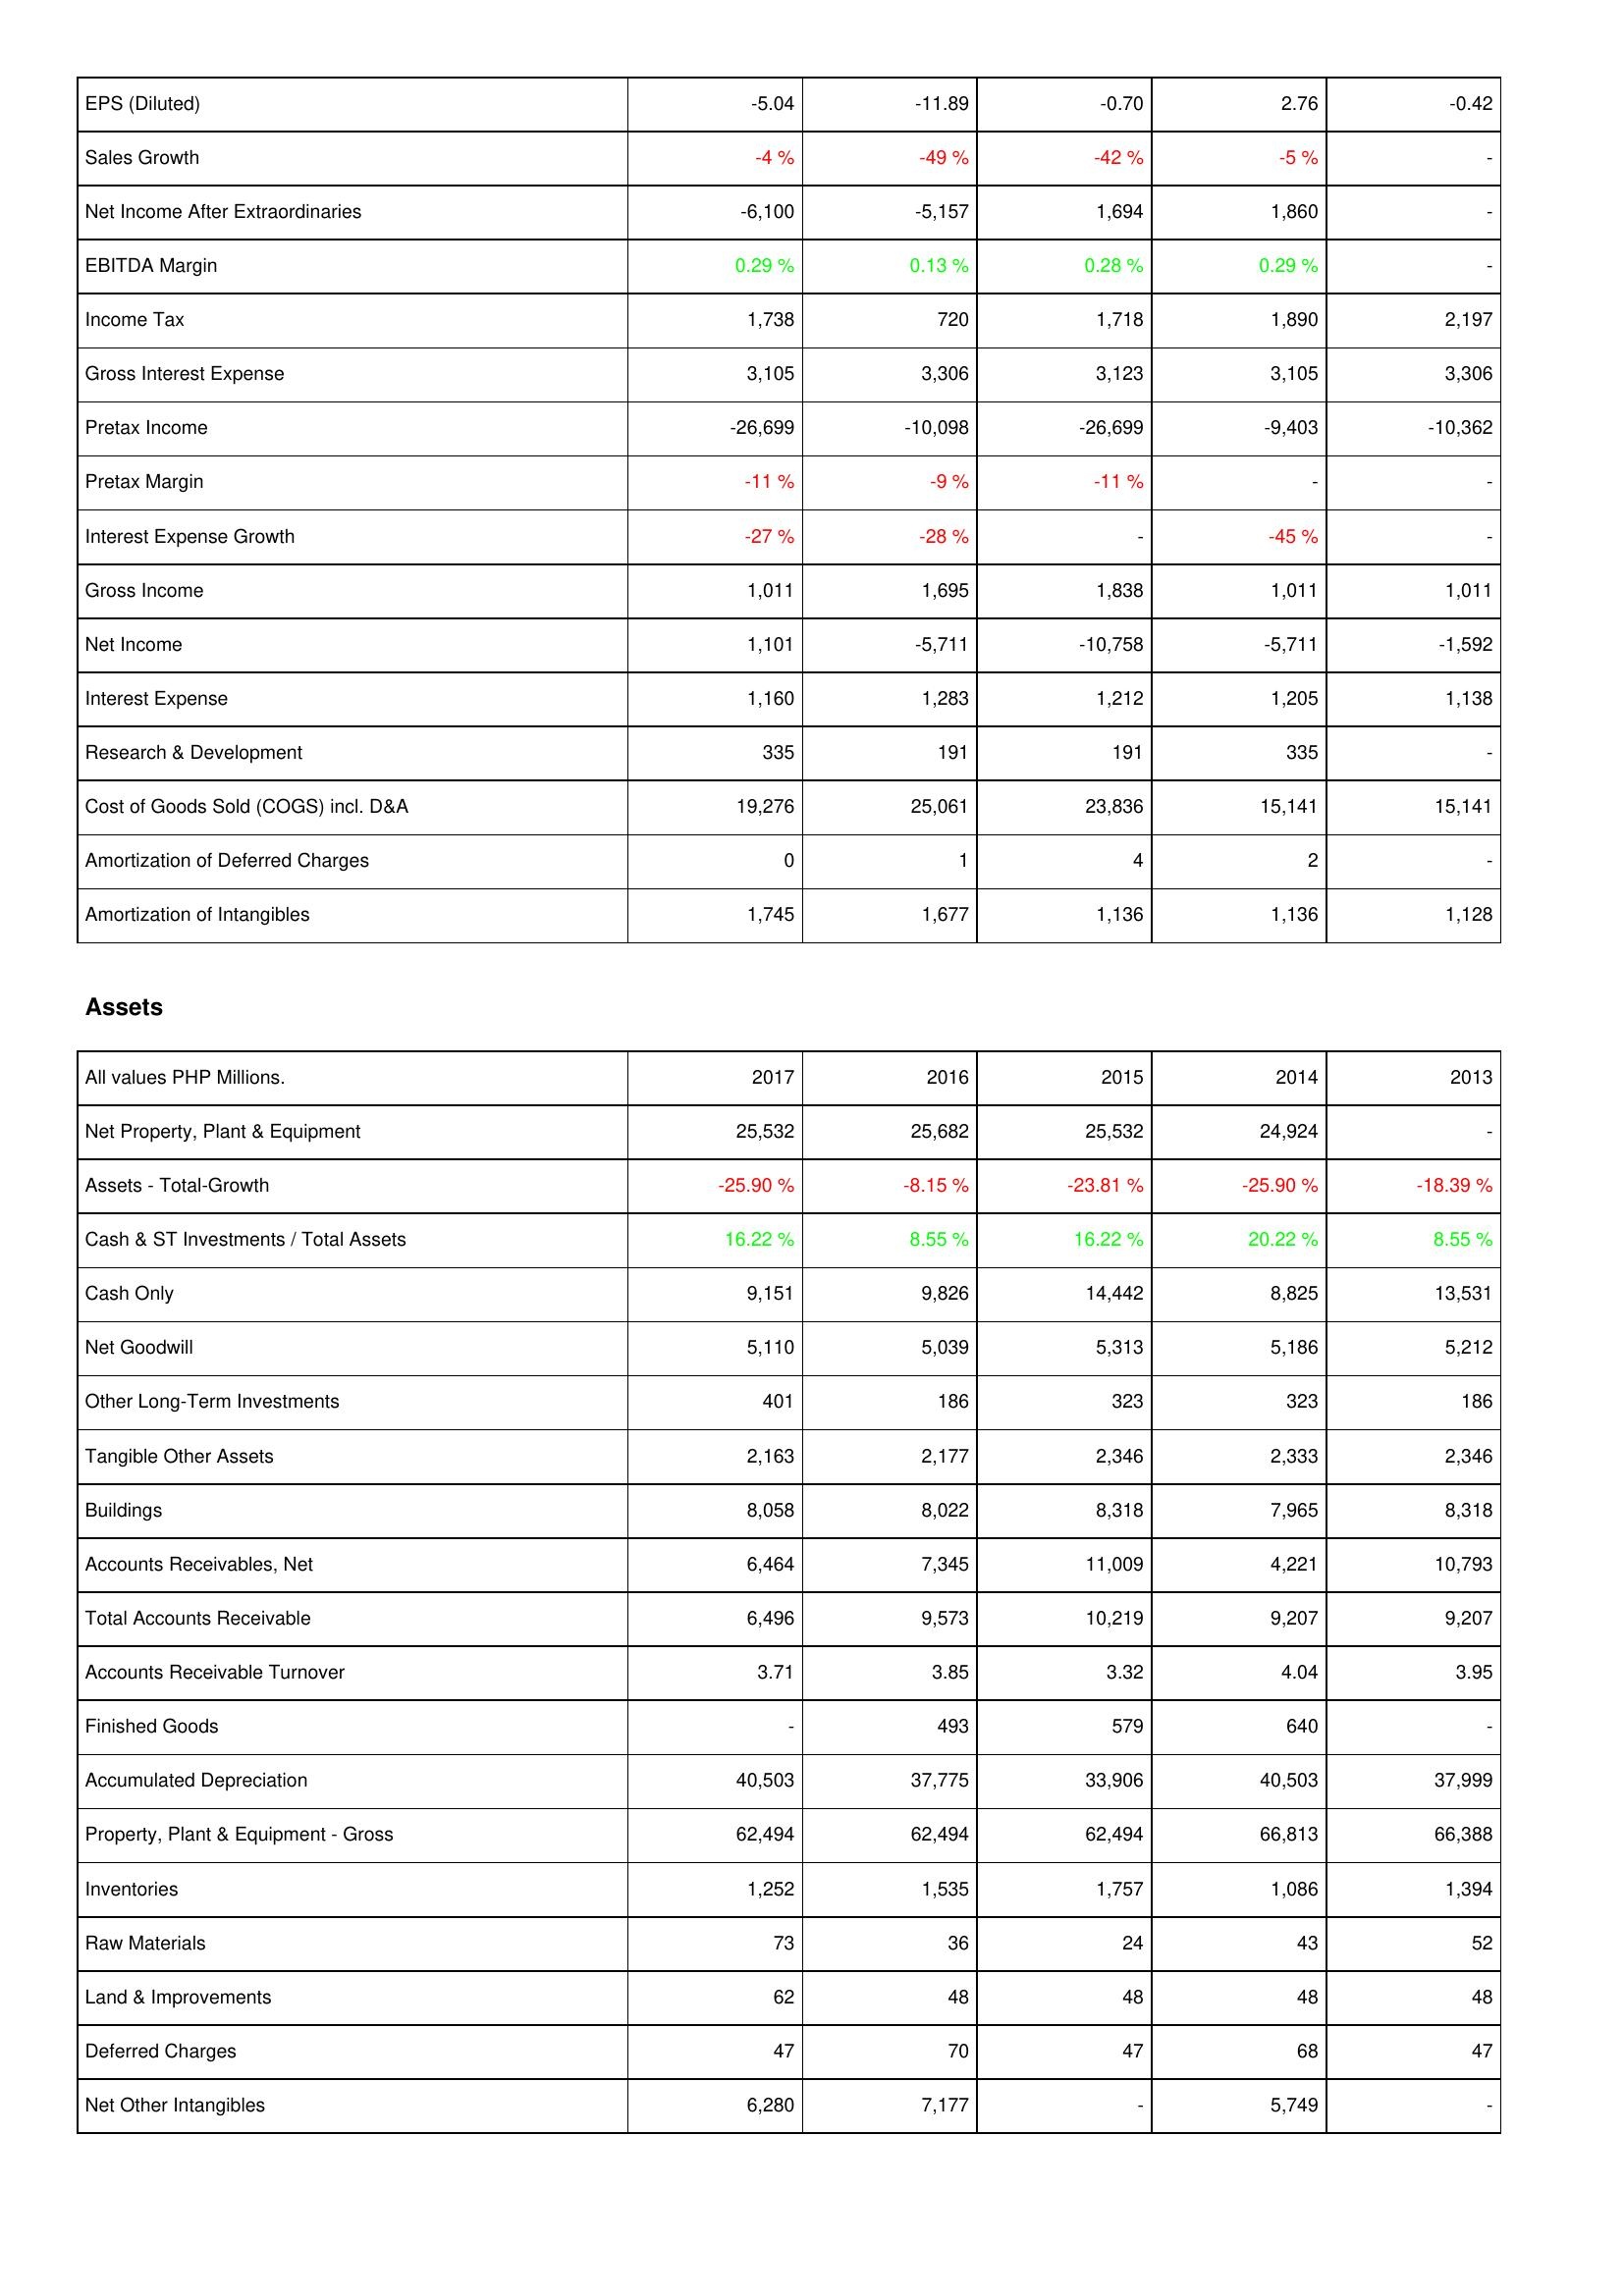
2017: Income Statement: EPS (Diluted): -5.04
Sales Growth: -4 %
Net Income After Extraordinaries: -6,100
EBITDA Margin: 0.29 %
Income Tax: 1,738
Gross Interest Expense: 3,105
Pretax Income: -26,699
Pretax Margin: -11 %
Interest Expense Growth: -27 %
Gross Income: 1,011
Net Income: 1,101
Interest Expense: 1,160
Research & Development: 335
Cost of Goods Sold (COGS) incl. D&A: 19,276
Amortization of Deferred Charges: 0
Amortization of Intangibles: 1,745
Assets: Net Property, Plant & Equipment: 25,532
Assets - Total-Growth: -25.90 %
Cash & ST Investments / Total Assets: 16.22 %
Cash Only: 9,151
Net Goodwill: 5,110
Other Long-Term Investments: 401
Tangible Other Assets: 2,163
Buildings: 8,058
Accounts Receivables, Net: 6,464
Total Accounts Receivable: 6,496
Accounts Receivable Turnover: 3.71
Finished Goods: -
Accumulated Depreciation: 40,503
Property, Plant & Equipment - Gross: 62,494
Inventories: 1,252
Raw Materials: 73
Land & Improvements: 62
Deferred Charges: 47
Net Other Intangibles: 6,280
2016: Income Statement: EPS (Diluted): -11.89
Sales Growth: -49 %
Net Income After Extraordinaries: -5,157
EBITDA Margin: 0.13 %
Income Tax: 720
Gross Interest Expense: 3,306
Pretax Income: -10,098
Pretax Margin: -9 %
Interest Expense Growth: -28 %
Gross Income: 1,695
Net Income: -5,711
Interest Expense: 1,283
Research & Development: 191
Cost of Goods Sold (COGS) incl. D&A: 25,061
Amortization of Deferred Charges: 1
Amortization of Intangibles: 1,677
Assets: Net Property, Plant & Equipment: 25,682
Assets - Total-Growth: -8.15 %
Cash & ST Investments / Total Assets: 8.55 %
Cash Only: 9,826
Net Goodwill: 5,039
Other Long-Term Investments: 186
Tangible Other Assets: 2,177
Buildings: 8,022
Accounts Receivables, Net: 7,345
Total Accounts Receivable: 9,573
Accounts Receivable Turnover: 3.85
Finished Goods: 493
Accumulated Depreciation: 37,775
Property, Plant & Equipment - Gross: 62,494
Inventories: 1,535
Raw Materials: 36
Land & Improvements: 48
Deferred Charges: 70
Net Other Intangibles: 7,177
2015: Income Statement: EPS (Diluted): -0.70
Sales Growth: -42 %
Net Income After Extraordinaries: 1,694
EBITDA Margin: 0.28 %
Income Tax: 1,718
Gross Interest Expense: 3,123
Pretax Income: -26,699
Pretax Margin: -11 %
Interest Expense Growth: -
Gross Income: 1,838
Net Income: -10,758
Interest Expense: 1,212
Research & Development: 191
Cost of Goods Sold (COGS) incl. D&A: 23,836
Amortization of Deferred Charges: 4
Amortization of Intangibles: 1,136
Assets: Net Property, Plant & Equipment: 25,532
Assets - Total-Growth: -23.81 %
Cash & ST Investments / Total Assets: 16.22 %
Cash Only: 14,442
Net Goodwill: 5,313
Other Long-Term Investments: 323
Tangible Other Assets: 2,346
Buildings: 8,318
Accounts Receivables, Net: 11,009
Total Accounts Receivable: 10,219
Accounts Receivable Turnover: 3.32
Finished Goods: 579
Accumulated Depreciation: 33,906
Property, Plant & Equipment - Gross: 62,494
Inventories: 1,757
Raw Materials: 24
Land & Improvements: 48
Deferred Charges: 47
Net Other Intangibles: -
2014: Income Statement: EPS (Diluted): 2.76
Sales Growth: -5 %
Net Income After Extraordinaries: 1,860
EBITDA Margin: 0.29 %
Income Tax: 1,890
Gross Interest Expense: 3,105
Pretax Income: -9,403
Pretax Margin: -
Interest Expense Growth: -45 %
Gross Income: 1,011
Net Income: -5,711
Interest Expense: 1,205
Research & Development: 335
Cost of Goods Sold (COGS) incl. D&A: 15,141
Amortization of Deferred Charges: 2
Amortization of Intangibles: 1,136
Assets: Net Property, Plant & Equipment: 24,924
Assets - Total-Growth: -25.90 %
Cash & ST Investments / Total Assets: 20.22 %
Cash Only: 8,825
Net Goodwill: 5,186
Other Long-Term Investments: 323
Tangible Other Assets: 2,333
Buildings: 7,965
Accounts Receivables, Net: 4,221
Total Accounts Receivable: 9,207
Accounts Receivable Turnover: 4.04
Finished Goods: 640
Accumulated Depreciation: 40,503
Property, Plant & Equipment - Gross: 66,813
Inventories: 1,086
Raw Materials: 43
Land & Improvements: 48
Deferred Charges: 68
Net Other Intangibles: 5,749
2013: Income Statement: EPS (Diluted): -0.42
Sales Growth: -
Net Income After Extraordinaries: -
EBITDA Margin: -
Income Tax: 2,197
Gross Interest Expense: 3,306
Pretax Income: -10,362
Pretax Margin: -
Interest Expense Growth: -
Gross Income: 1,011
Net Income: -1,592
Interest Expense: 1,138
Research & Development: -
Cost of Goods Sold (COGS) incl. D&A: 15,141
Amortization of Deferred Charges: -
Amortization of Intangibles: 1,128
Assets: Net Property, Plant & Equipment: -
Assets - Total-Growth: -18.39 %
Cash & ST Investments / Total Assets: 8.55 %
Cash Only: 13,531
Net Goodwill: 5,212
Other Long-Term Investments: 186
Tangible Other Assets: 2,346
Buildings: 8,318
Accounts Receivables, Net: 10,793
Total Accounts Receivable: 9,207
Accounts Receivable Turnover: 3.95
Finished Goods: -
Accumulated Depreciation: 37,999
Property, Plant & Equipment - Gross: 66,388
Inventories: 1,394
Raw Materials: 52
Land & Improvements: 48
Deferred Charges: 47
Net Other Intangibles: -